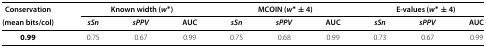
<table><thead><tr><td><b>Conservation</b></td><td colspan="3"><b>Known width (<i>w</i><sup>∗</sup>)</b></td><td colspan="3"><b>MCOIN (<i>w</i><sup>∗</sup><i> ± 4)</i></b></td><td colspan="3"><b>E-values (<i>w</i><sup>∗</sup> ± 4)</b></td></tr><tr><td><b>(mean bits/col)</b></td><td><b><i>sSn</i></b></td><td><b><i>sPPV</i></b></td><td><b>AUC</b></td><td><b><i>sSn</i></b></td><td><b><i>sPPV</i></b></td><td><b>AUC</b></td><td><b><i>sSn</i></b></td><td><b><i>sPPV</i></b></td><td><b>AUC</b></td></tr></thead><tbody><tr><td><b>0.99</b></td><td>0.75</td><td>0.67</td><td>0.99</td><td>0.75</td><td>0.68</td><td>0.99</td><td>0.73</td><td>0.67</td><td>0.99</td></tr></tbody></table>